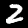
Label: 2